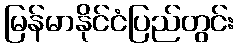
မြန်မာနိုင်ငံပြည်တွင်း